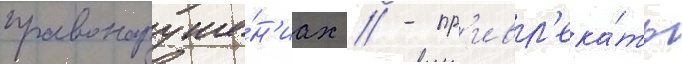
правонаруше́н'иах // - пр'ивл'ека́ть